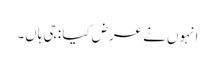
انہوں نے عرض کیا : جی ہاں۔